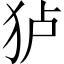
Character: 𰡄